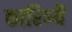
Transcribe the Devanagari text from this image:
कारिण्यै